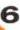
6